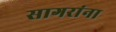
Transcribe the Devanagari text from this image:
सागरांना